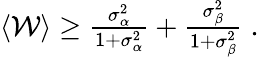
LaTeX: \begin{array}{r}{\langle\mathcal{W}\rangle\geq\frac{\sigma_{\alpha}^{2}}{1+\sigma_{\alpha}^{2}}+\frac{\sigma_{\beta}^{2}}{1+\sigma_{\beta}^{2}}\; .}\end{array}